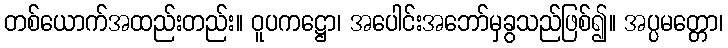
တစ်ယောက်အထည်းတည်း။ ဝူပကဋ္ဌော၊ အပေါင်းအဘော်မှခွသည်ဖြစ်၍။ အပ္ပမတ္တော၊